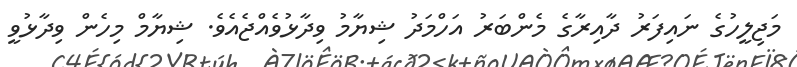
މަޖިލީހުގެ ނައިފަރު ދާއިރާގެ މެންބަރު އަހްމަދު ޝިޔާމު ވިދާޅުވެއްޖެއެވެ. ޝިޔާމް މިހެން ވިދާޅުވީ